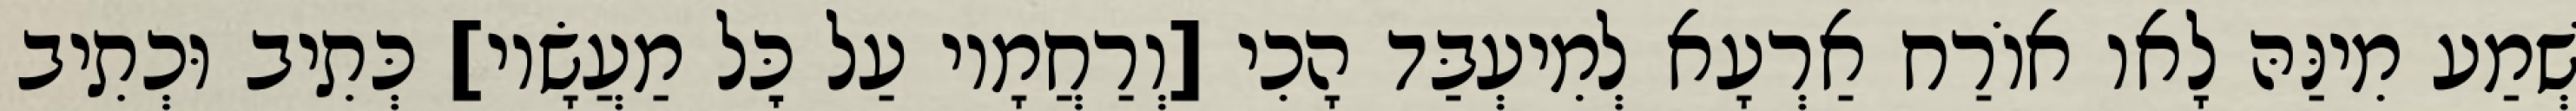
שְׁמַע מִינַּהּ לָאו אוֹרַח אַרְעָא לְמִיעְבַּד הָכִי [וְרַחֲמָיו עַל כׇּל מַעֲשָׂיו] כְּתִיב וּכְתִיב